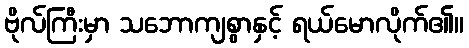
ဗိုလ်ကြီးမှာ သဘောကျစွာနှင့် ရယ်မောလိုက်၏။